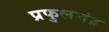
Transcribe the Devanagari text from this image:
प्रफुलचंद्र